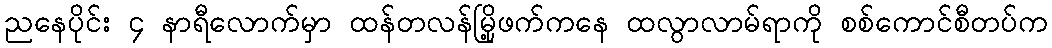
ညနေပိုင်း ၄ နာရီလောက်မှာ ထန်တလန်မြို့ဖက်ကနေ ထလွာလာမ်ရာကို စစ်ကောင်စီတပ်က